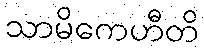
သာမိကေဟီတိ